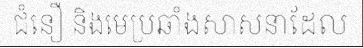
ជំនឿ និងមេប្រឆាំងសាសនាដែល